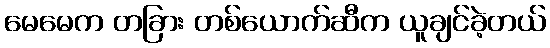
မေမေက တခြား တစ်ယောက်ဆီက ယူချင်ခဲ့တယ်